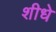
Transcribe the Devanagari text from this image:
शीधे